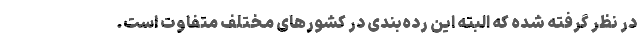
در نظر گرفته شده که البته این رده‌بندی در کشورهای مختلف متفاوت است.